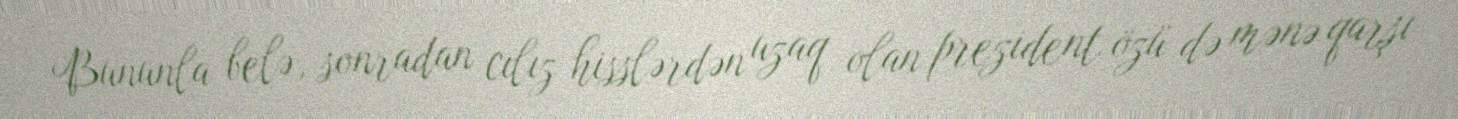
Bununla belə, sonradan cılız hisslərdən uzaq olan prezident özü də mənə qarşı